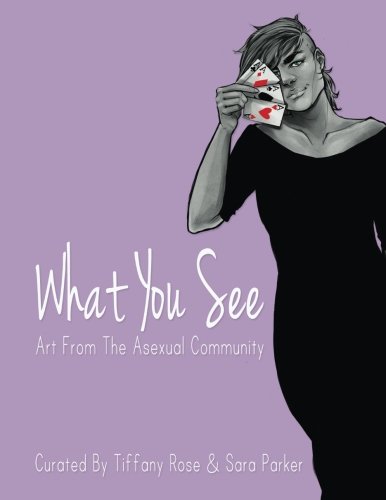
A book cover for What You See; Creative Aces; Arts & Photography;